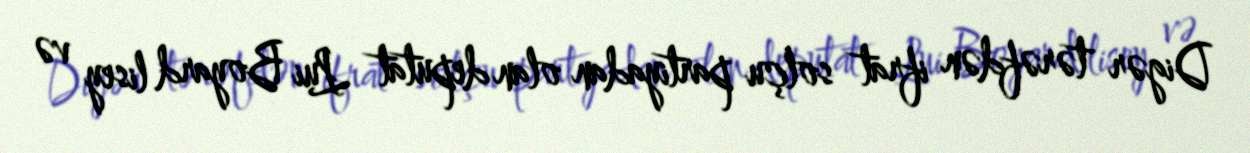
Digər tərəfdən ifrat solçu partiyadan olan deputat Lui Boyard lisey və